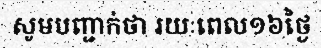
សូមបញ្ជាក់ថា រយៈពេល១៦ថ្ងៃ